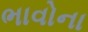
ભાવોના